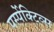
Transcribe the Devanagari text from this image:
पर्स्पेक्टिव्स